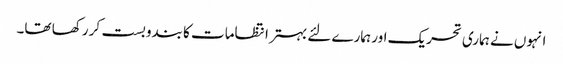
انہوں نے ہماری تحریک اور ہمارے لئے بہتر انتظامات کا بندوبست کر رکھا تھا۔